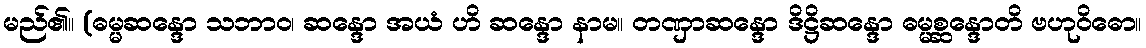
မည်၏။ (ဓမ္မဆန္ဒော သဘာဝ၊ ဆန္ဒော အယံ ဟိ ဆန္ဒော နာမ။ တဏှာဆန္ဒော ဒိဋ္ဌိဆန္ဒော ဓမ္မစ္ဆန္ဒောတိ ဗဟုဝိဓော။